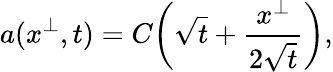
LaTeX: a(x^{\perp},t)=C\! \left(\sqrt{t}+\frac{x^{\perp}}{2\sqrt{t}}\right),